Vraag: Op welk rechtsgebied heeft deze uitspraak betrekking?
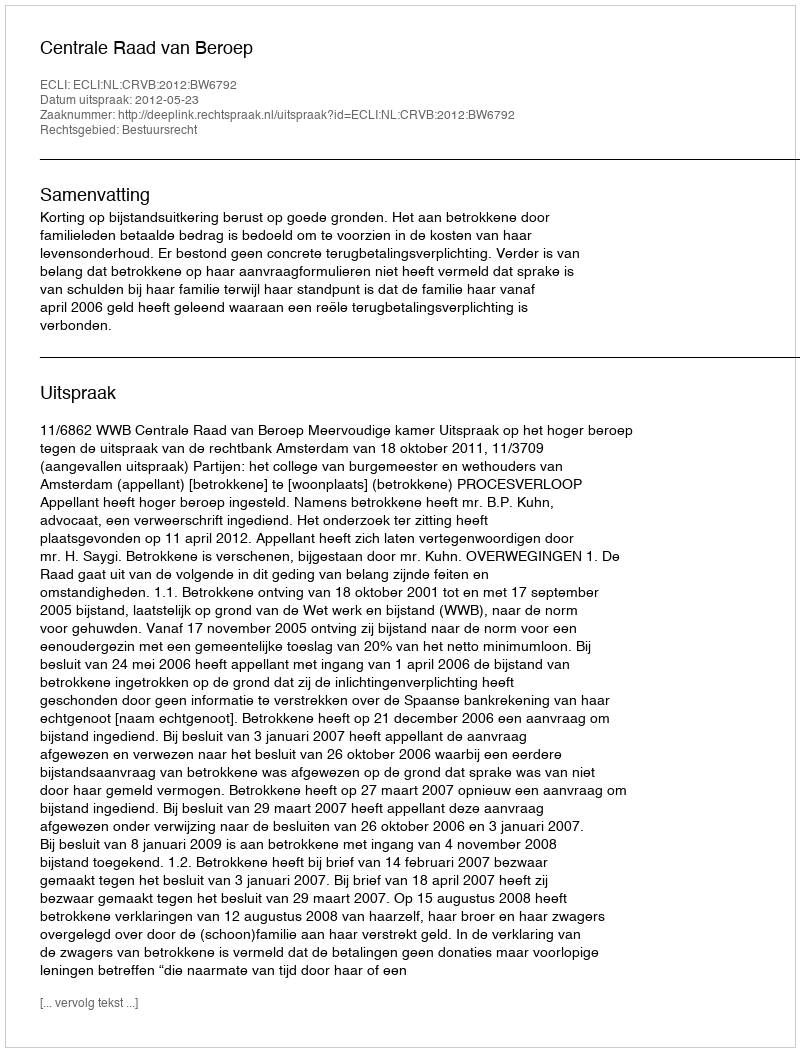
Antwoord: Bestuursrecht